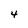
Character: 4